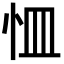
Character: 𭜛